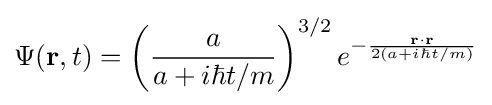
\Psi (\mathbf {r} ,t)=\left({a \over a+i\hbar t/m}\right)^{3/2}e^{-{\mathbf {r} \cdot \mathbf {r}  \over 2(a+i\hbar t/m)}}